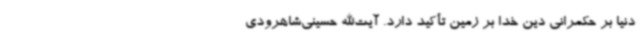
دنیا بر حکمرانی دین خدا بر زمین تأکید دارد. آیت‌الله حسینی‌شاهرودی